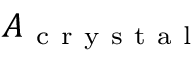
A _ { \mathrm { ~ c ~ r ~ y ~ s ~ t ~ a ~ l ~ } }